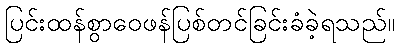
ပြင်းထန်စွာဝေဖန်ပြစ်တင်ခြင်းခံခဲ့ရသည်။